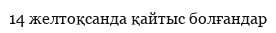
14 желтоқсанда қайтыс болғандар